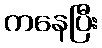
ကနေပြီး